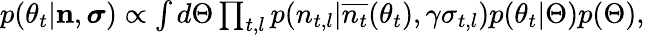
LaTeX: \begin{array}{r}{p(\theta_{t}|\mathbf{n},\boldsymbol{\sigma})\propto\int d\Theta\prod_{t,l}p(n_{t,l}|\overline{{n_{t}}}(\theta_{t}),\gamma\sigma_{t,l})p(\theta_{t}|\Theta)p(\Theta),}\end{array}